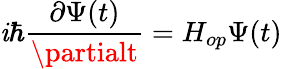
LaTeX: \mathit{i}\hbar\frac{{\partial\Psi(t)}}{{\partialt}}=H_{op}\Psi(t)